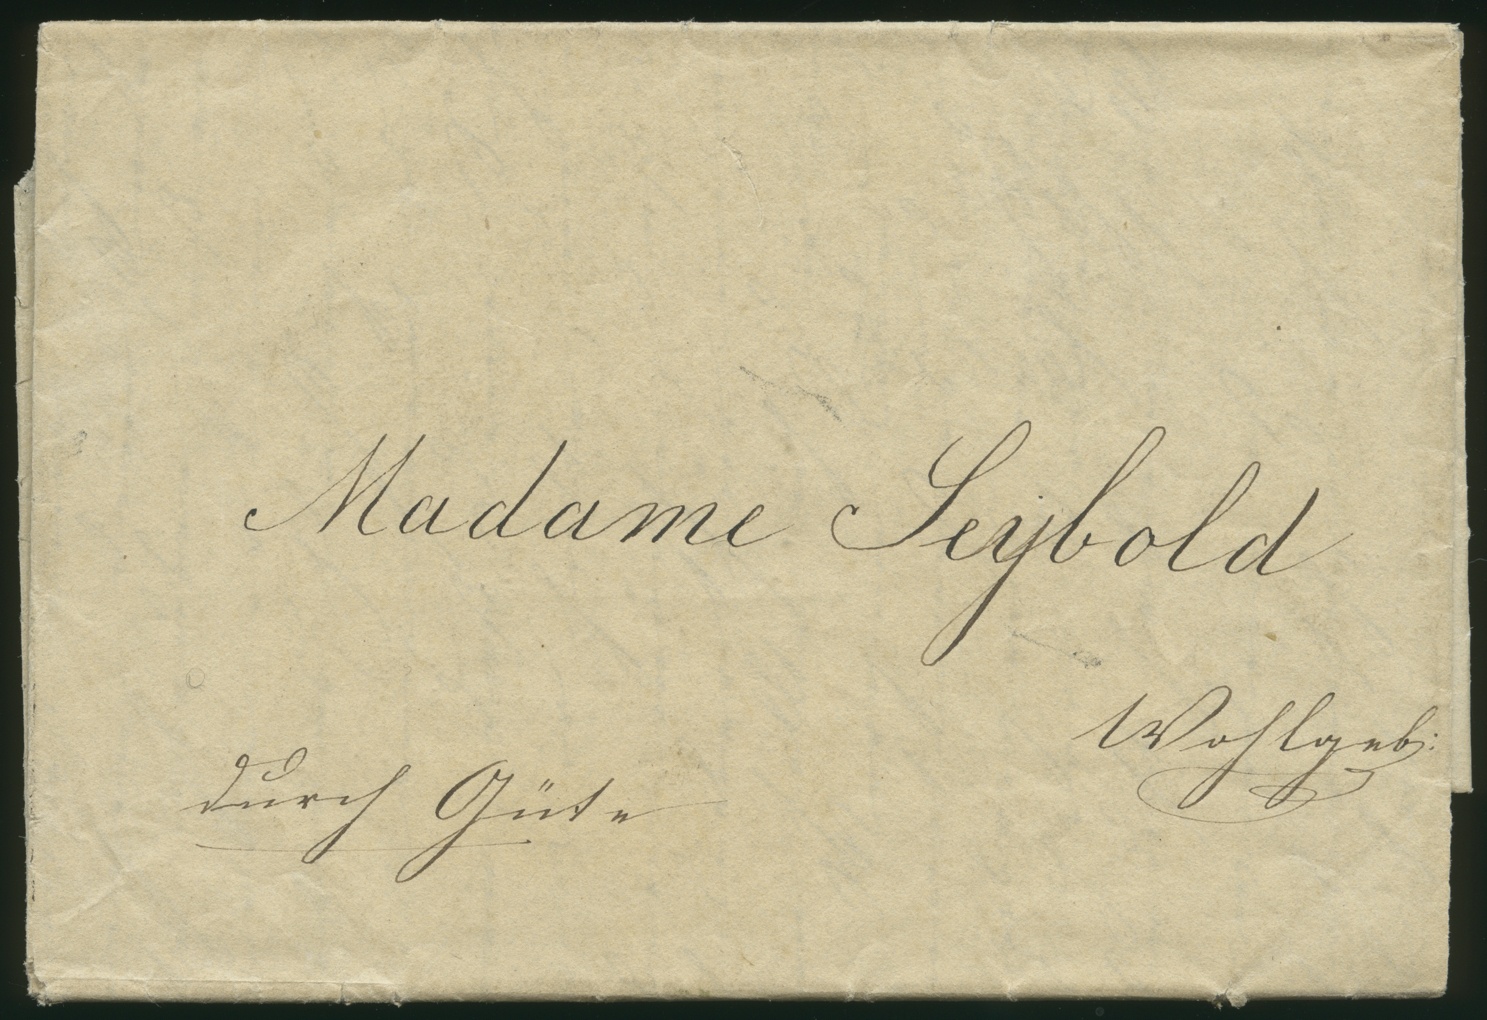
Madame Seybold
Wohlgeb:
Durch Güte